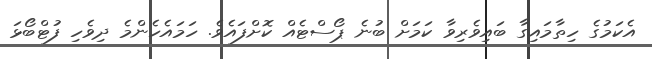
އެކަމުގެ ހިތާމައިގާ ބައިވެރިވާ ކަމަށް ބުނެ ޕޯސްޓެއް ކޮށްފައެވެ. ހަމައެހެންމެ ދިވެހި ފުޓްބޯޅަ